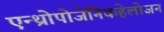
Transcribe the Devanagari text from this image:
एन्थ्रोपोजेनिकहेलोजन